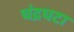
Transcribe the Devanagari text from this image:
चंद्रघटा